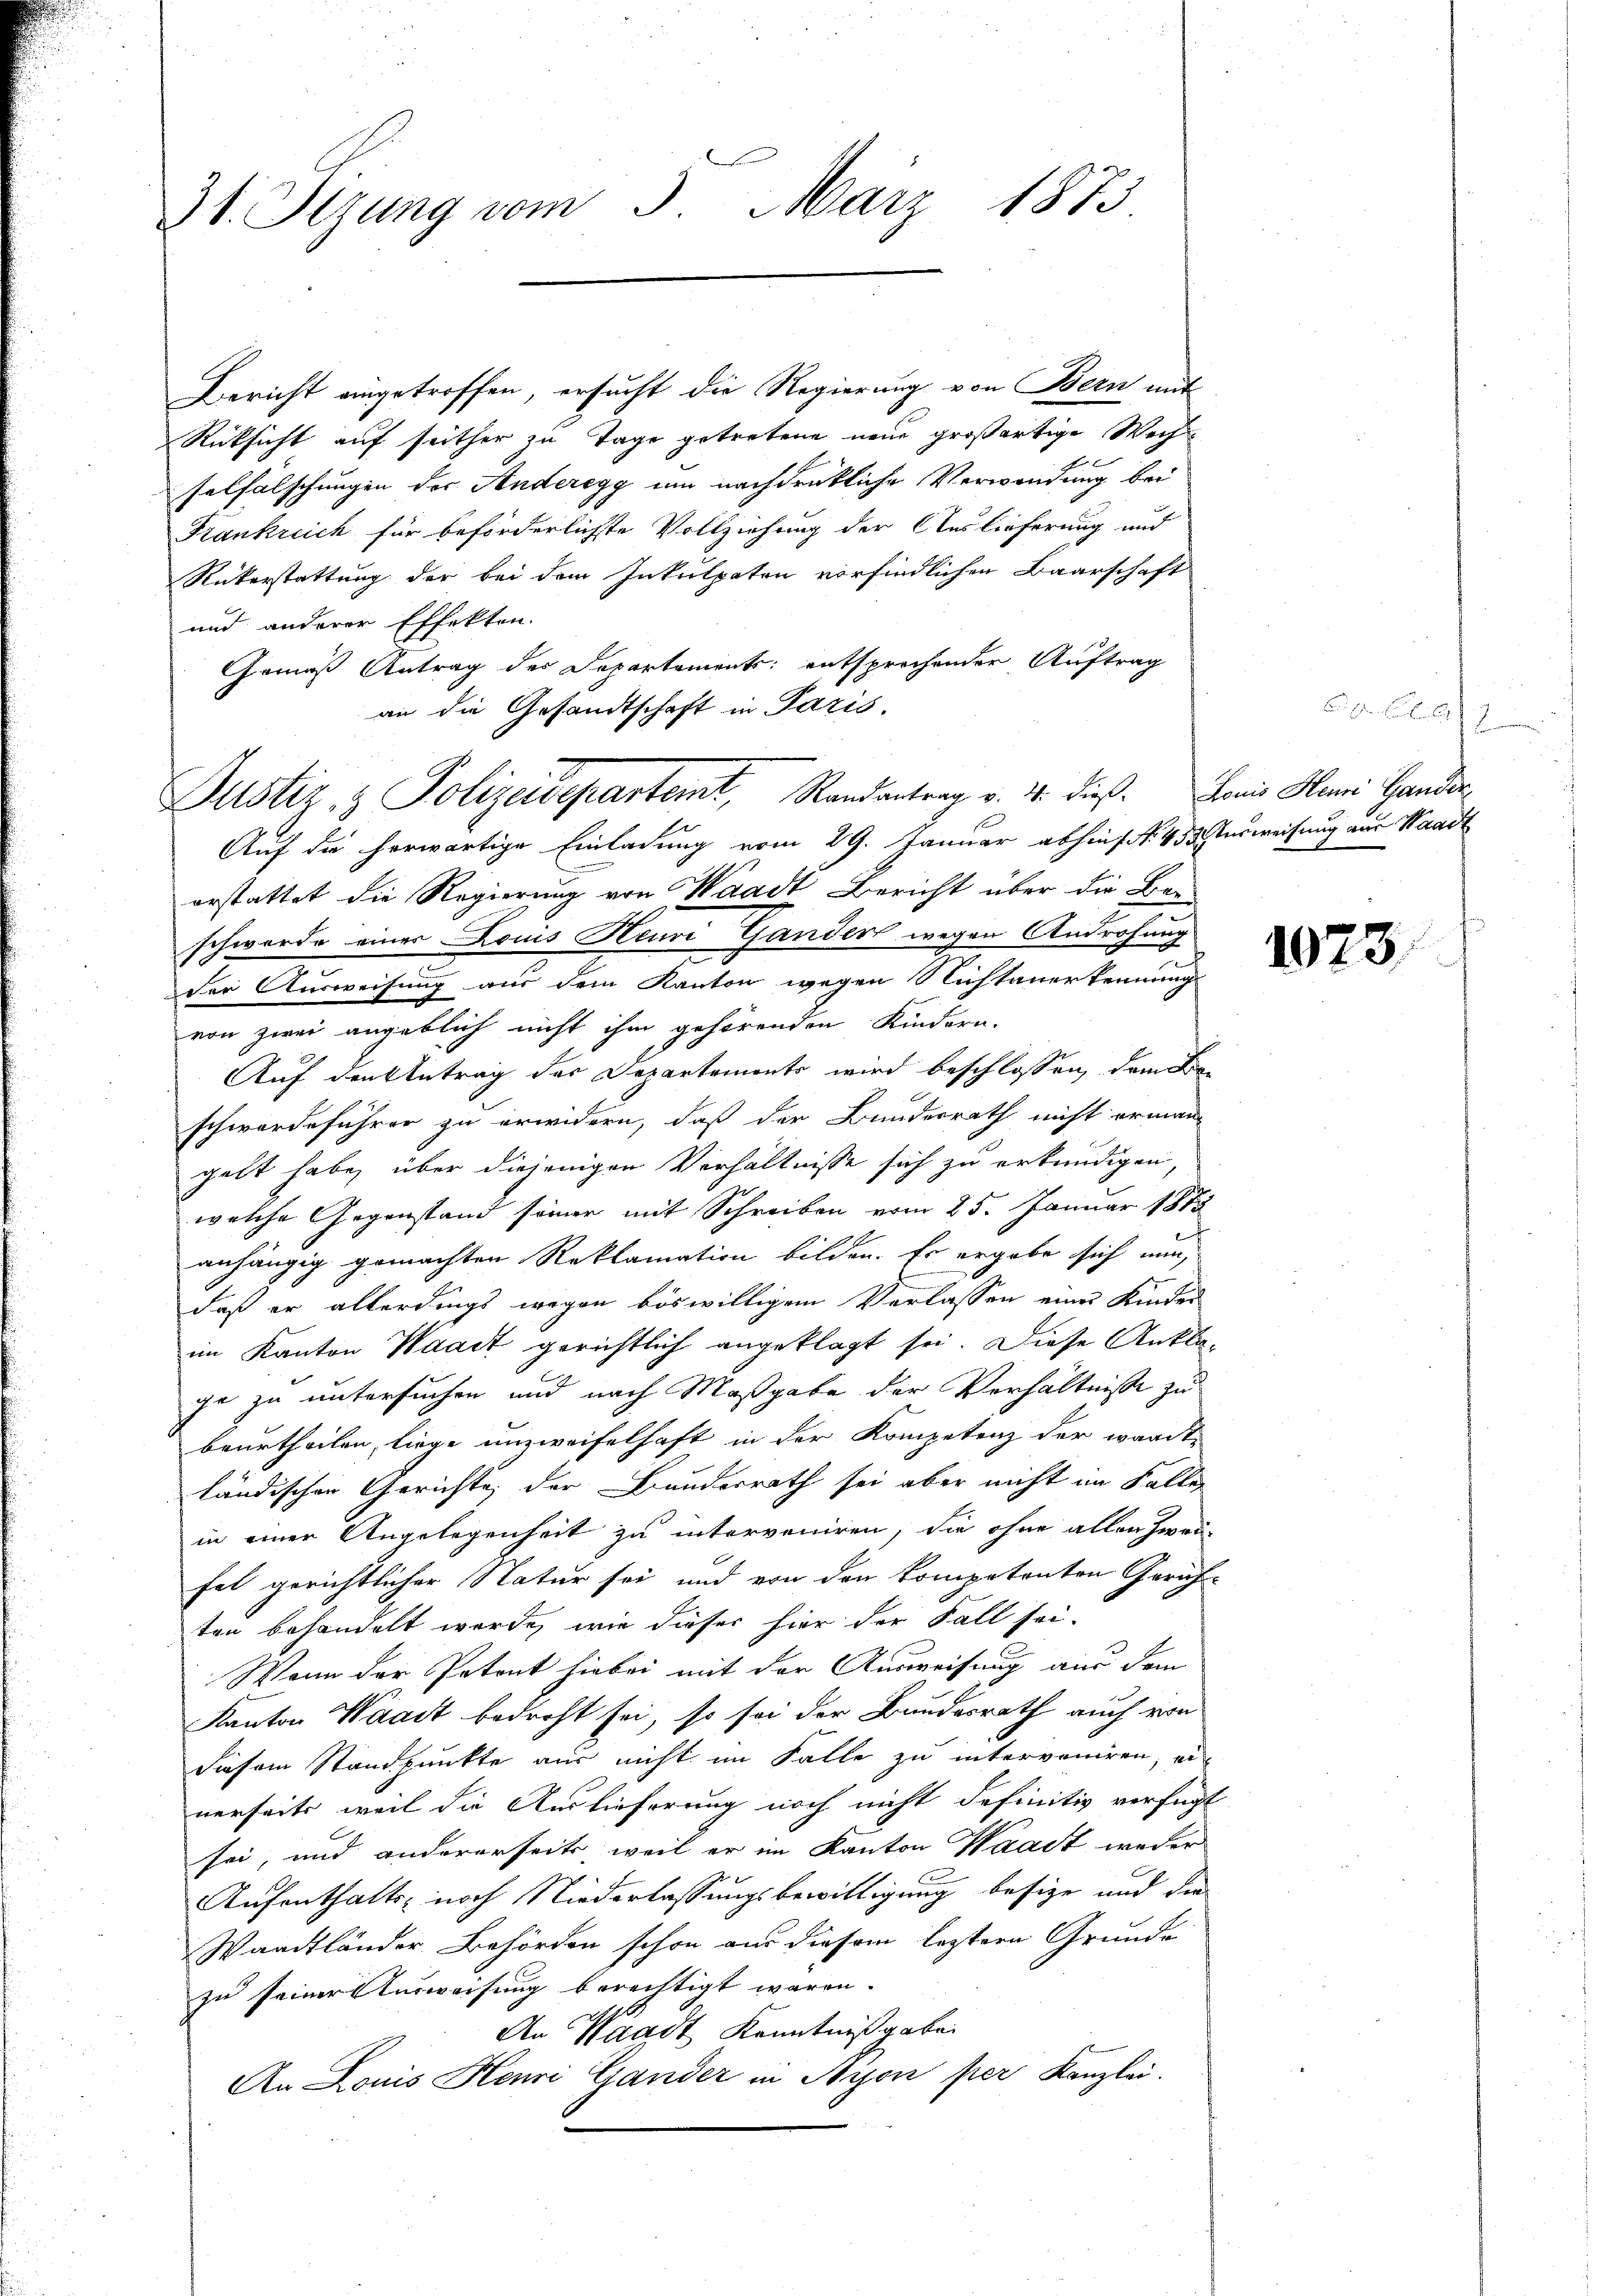
31. Sizung vom 3. März 1873

Justiz & Polizeidepartemt, Randantrag v. 4. dieß. Dann Hami Hander

Bericht eingetroffen, ersucht die Regierung von Bern mit
Rücksicht auf seither zu Tage getretene neue großartige Wech
selfälschungen der Anderegg um nachdrükliche Verwendung bei
Frankreich für beförderlichste Vollziehung der Auslieferung und
Rükerstattung der bei dem Inkulpaten vorfindlichen Baarschaft
und anderer Effekten.
Gemäß Antrag des Departements entsprochender Auftrag
an die Gesandtschaft in Paris.
Auf die herwärtige Einladung vom 29. Januar abhin No. 453. Ausweisung aus Waadt
orstattet die Regierung von Waadt Bericht über die Beschwerde einer Louis Neuvi Gander wegen Androhung
der Ausweisung aus dem Kanton wegen Nichtanerkennungs
von zwei angeblich nicht ihm gehörenden Kindern.
Auf den betrag der Departemonts wird beschlossen, dem Beschwerdeführer zu erwidern, daß der Bundesrath nicht erman-
gelt habe, über diejenigen Verhältnisse sich zu erkundigen,
welche Gegenstand seiner mit Schreiben vom 25. Januar 1873
anhängig gemachten Reklamation bilden. Es ergabe sich nun,
daß er allerdings wegen böswilligem Verlassen eines Kinder
im Kanton Waadt gerichtlich angeklagt sei. Diese Ankla-
ge zu untersuchen und nach Maßgabe der Verhältnisse zu
beurtheilen, liege unzweifelhaft in der Kompetenz der wardt
ländischen Gerichte, der Bunderrath sei aber nicht im Fallen
in einer Angelegenheit zu interveniren, die ohne allen Zweifel gerichtlicher Natur sei und von den kompetenten Gerich-
ten behandelt werde, wie dieser hier der Fall sei.
Wenn der Petent hiebei mit der Ausweisung aus dem
Kanton Waadt bedroht sei, so sei der Bundesrath auch von
diesem Standpunkte aus nicht im Falle zu interveniren, ei
nerseits, weil die Auslieferung noch nicht definitiv verfügt
sei, und andererseits weil er im Kanton Waadt weder
Aufenthalts- noch Niederlassungsbewilligung besize und die
Waadtländer Behörden schon aus diesem leztere Grunde
zu seiner Ausweisung berechtigt waren.
An Waadt Kenntnißgabe
An Louis Henri Gander in Nyon per Kanzlei.

2

1973